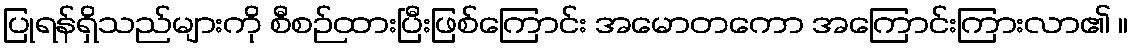
ပြုရန်ရှိသည်များကို စီစဉ်ထားပြီးဖြစ်ကြောင်း အမောတကော အကြောင်းကြားလာ၏ ။